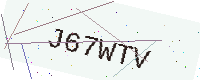
Text: J67WTV